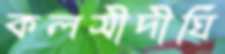
কলসীদীঘি